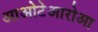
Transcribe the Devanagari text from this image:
आओटेआरोआ